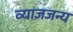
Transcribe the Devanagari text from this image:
व्याजजन्य